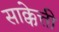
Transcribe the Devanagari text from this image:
साक्केत्ती